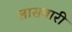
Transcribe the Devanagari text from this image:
लासवारी